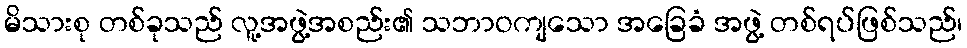
မိသားစု တစ်ခုသည် လူ့အဖွဲ့အစည်း၏ သဘာဝကျသော အခြေခံ အဖွဲ့ တစ်ရပ်ဖြစ်သည်၊